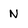
Character: N